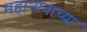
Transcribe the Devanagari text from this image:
महानावाच्या